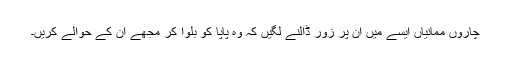
چاروں ممانیاں ایسے میں ان پر زور ڈالنے لگیں کہ وہ پاپا کو بلوا کر مجھے ان کے حوالے کریں۔